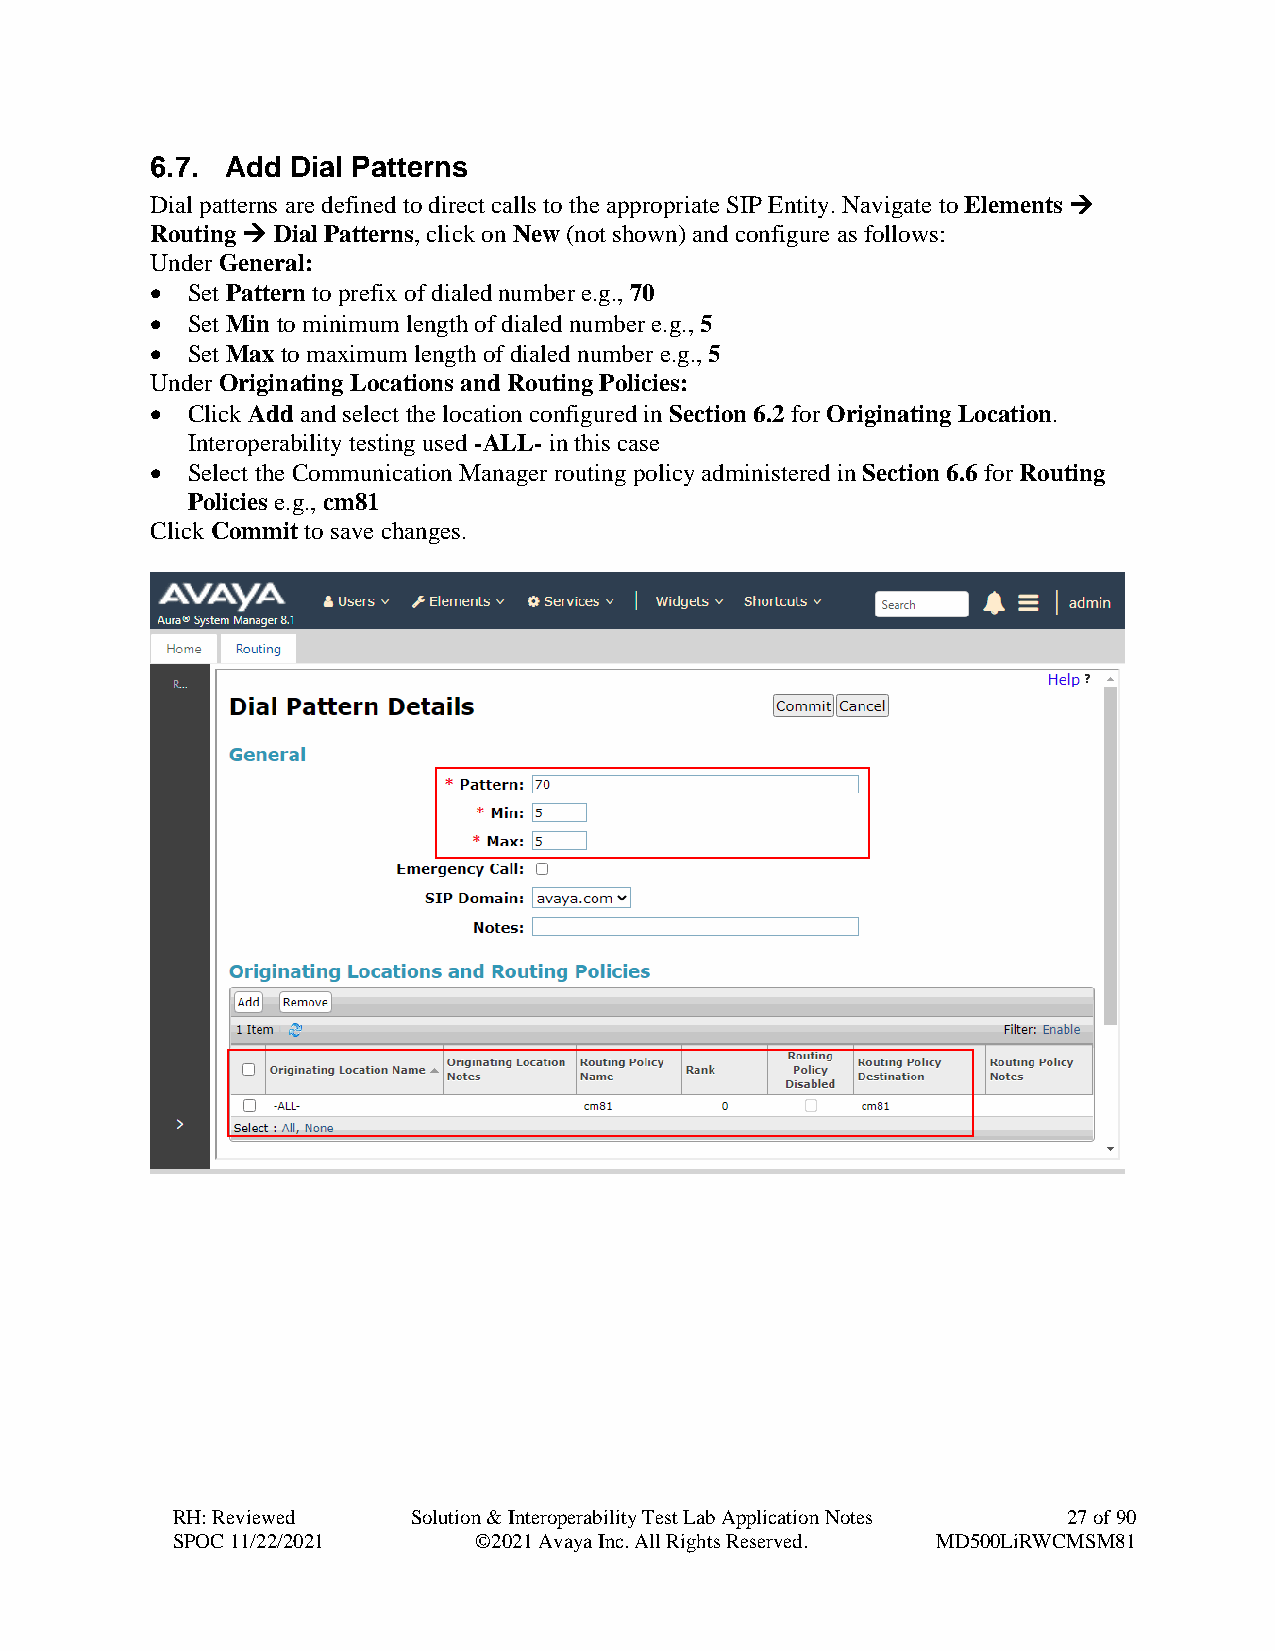
6.7. Add Dial Patterns
 Dial patterns are defined to direct calls to the appropriate SIP Entity. Navigate to Elements →
 Routing → Dial Patterns, click on New (not shown) and configure as follows:
 Under General:
 • Set Pattern to prefix of dialed number e.g., 70
 • Set Min to minimum length of dialed number e.g., 5
 • Set Max to maximum length of dialed number e.g., 5
 Under Originating Locations and Routing Policies:
 • Click Add and select the location configured in Section 6.2 for Originating Location.
 Interoperability testing used -ALL- in this case
 • Select the Communication Manager routing policy administered in Section 6.6 for Routing
 Policies e.g., cm81
 Click Commit to save changes.
 RH: Reviewed    Solution & Interoperability Test Lab Application Notes 27 of 90
 SPOC 11/22/2021     ©2021 Avaya Inc. All Rights Reserved. MD500LiRWCMSM81